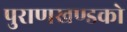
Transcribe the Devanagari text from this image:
पुराणखण्डको